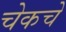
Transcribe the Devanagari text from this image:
चेकचे